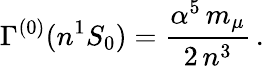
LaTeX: \Gamma^{(0)}(n{^1}S_{0})=\frac{\alpha^{5}\, m_{\mu}}{2\, n^{3}}\, .